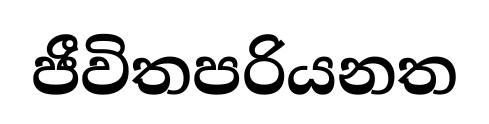
ජීවිතපරියනත